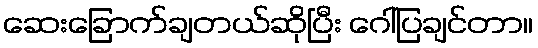
ဆေးခြောက်ချတယ်ဆိုပြီး ဂေါ်ပြချင်တာ။